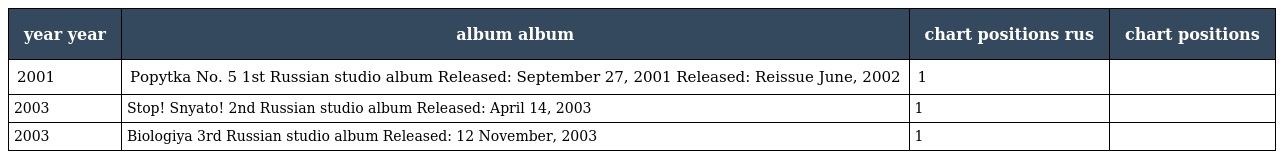
| year year | album album | chart positions rus | chart positions |
 | --- | --- | --- | --- |
 | 2001 | Popytka No. 5 1st Russian studio album Released: September 27, 2001 Released: Reissue June, 2002 | 1 |  |
 | 2003 | Stop! Snyato! 2nd Russian studio album Released: April 14, 2003 | 1 |  |
 | 2003 | Biologiya 3rd Russian studio album Released: 12 November, 2003 | 1 |  |